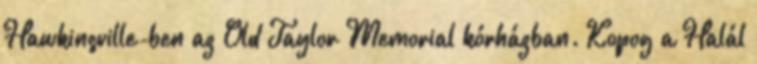
Hawkinsville-ben az Old Taylor Memorial kórházban. Kopog a Halál